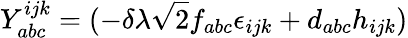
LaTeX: Y_{abc}^{ijk}=(-\delta\lambda\sqrt{2}f_{abc}\epsilon_{ijk}+d_{abc}h_{ijk})